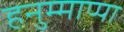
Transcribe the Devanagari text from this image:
हनुम्माप्पा